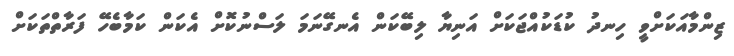
ޒިންމާއަކަށްވީ ހިނދު ކުޑަކުއްޖަކަށް އަނިޔާ ލިބޭކަން އެނގޭނަމަ ލަސްނުކޮށް އެކަން ކަމާބެހޭ ފަރާތްތަކަށް